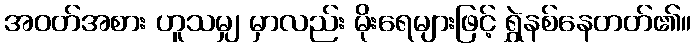
အဝတ်အစား ဟူသမျှ မှာလည်း မိုးရေများဖြင့် ရွှဲနစ်နေတတ်၏။